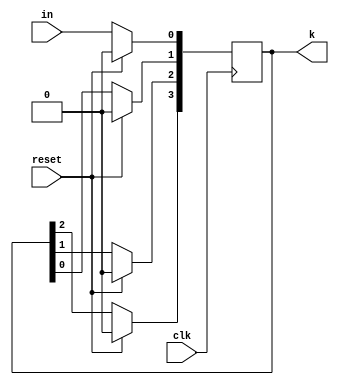
`timescale 1ns / 1ps

module SR(
    input clk, reset, in,
    output reg [3:0]k
    );
    
always @(posedge clk) begin
    if (reset) begin
        k[0] <= 0;
        k[1] <= 0;
        k[2] <= 0;
        k[3] <= 0;
    end
    else begin
        k[3] <= k[2];
        k[2] <= k[1];
        k[1] <= k[0];
        k[0] <= in;
    end
end
    
endmodule